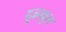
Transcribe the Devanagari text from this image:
द्दृढमूल